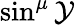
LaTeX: \sin^{\mu}\mathcal{Y}